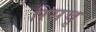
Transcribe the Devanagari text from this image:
रिसचृ